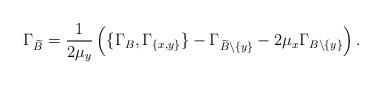
LaTeX: \begin{align*}\Gamma_{\widetilde{B}}=\frac{1}{2\mu_y}\left(\{\Gamma_{B}, \Gamma_{\{x,y\}}\}-\Gamma_{\widetilde{B}\setminus \{y\}}-2\mu_x \Gamma_{B\setminus \{y\}}\right).\end{align*}